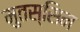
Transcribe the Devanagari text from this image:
मुतस्सिम